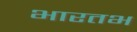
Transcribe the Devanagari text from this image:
भारतभ